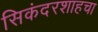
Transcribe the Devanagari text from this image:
सिकंदरशाहचा